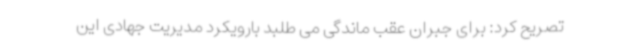
تصریح کرد: برای جبران عقب ماندگی می طلبد بارویکرد مدیریت جهادی این